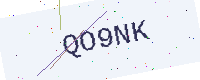
Text: QO9NK